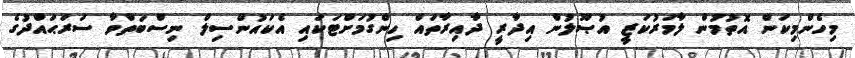
މިހެންމިކަން އޮތުމުން ލާމަރުކަޒީ އުޞޫލުން އިދާރީ ދާއިރާތައް ހިންގުމަށްޓަކައި އެކައުންސިލް ނިސްބަތްވާ ސަރަޙައްދުގެ